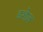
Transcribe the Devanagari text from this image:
डशेज़